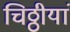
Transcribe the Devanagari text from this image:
चिठ्ठीयां